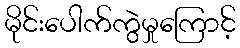
မိုင်းပေါက်ကွဲမှုကြောင့်